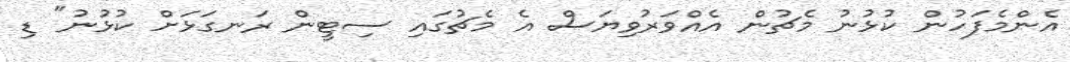
އެންމެފަހުން ކުޅުނު މެޗުން އެއްވަރުވިޔަސް އެ މެޗުގައި ސިޓީން ރަނގަޅަށް ކުޅުނު" ޑި